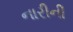
નારીની